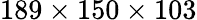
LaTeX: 189\times 150\times 103